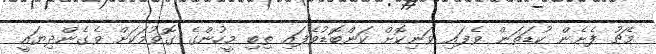
މެޗު ފެށެން ކުޑަތަން ވެފައި ވަނިކޮށް ކަންބޮޑުވެފައި ތިބި މީހުންގެ ގޮވުމަކަށް ވެގެންދިޔައީ